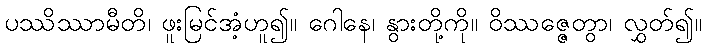
ပဿိဿာမီတိ၊ ဖူးမြင်အံ့ဟူ၍။ ဂေါနေ၊ နွားတို့ကို။ ဝိဿဇ္ဇေတွာ၊ လွှတ်၍။